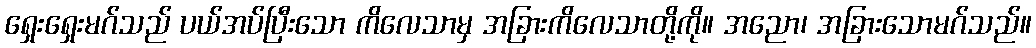
ရှေးရှေးမဂ်သည် ပယ်အပ်ပြီးသော ကိလေသာမှ အခြားကိလေသာတို့ကို။ အညော၊ အခြားသောမဂ်သည်။